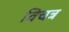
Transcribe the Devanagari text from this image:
विचत्र